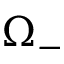
\Omega _ { - }